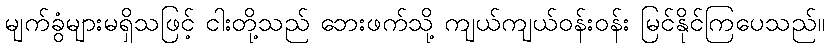
မျက်ခွံများမရှိသဖြင့် ငါးတို့သည် ဘေးဖက်သို့ ကျယ်ကျယ်ဝန်းဝန်း မြင်နိုင်ကြပေသည်။